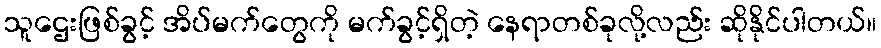
သူဌေးဖြစ်ခွင့် အိပ်မက်တွေကို မက်ခွင့်ရှိတဲ့ နေရာတစ်ခုလို့လည်း ဆိုနိုင်ပါတယ်။